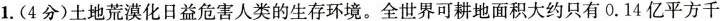
1.(4分)土地荒漠化日益危害人类的生存环境。全世界可耕地面积大约只有0.14亿平方千